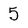
Character: 5